Sketch of the medical history of the native army of Bombay, for the year
Year: 1875
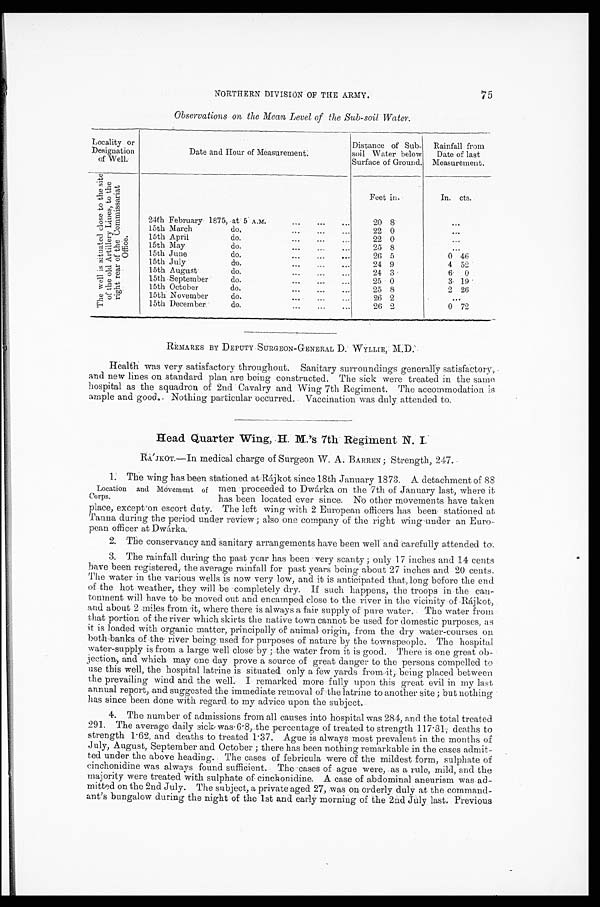
NORTHERN DIVISION OF THE ARMY.
75
Observations on the Mean Level of the Sub-soil Water.
Locality or
Designation
of Well.
Date and Hour of Measurement.
Distance of Sub-soil
Water below
Surface of Ground.
Rainfall from
Date of last
Measurement.
T h e w e l l i s s i t u a t e d c l o s e t o t h e s i t e o f t h e o l d A r t i l l e r y L i n e s , t o t h e r i g h t r e a r o f t h e C o m m i s s a r i a t O f f i c e .
Feet in.
In. cts.
24th February 1875, at 5 A.M.
20 8
...
15th March do.
2 2 0
...
15th April do.
22 0
...
15th May do.
25 8
...
15th June do.
26 5
0 46
15th July do.
24 9
4 52
15th August do.
24
3
6 0
15th September do.
25 0
3
1 9
15th October do.
25 8
2 26
15th November do.
26 2
. . .
15th December do.
26 2
0 72
REMARKS BY DEPUTY SURGEON-GENERAL D. WYLLIE, M.D.
Health was very satisfactory throughout. Sanitary surroundings generally satisfactory,
and new lines on standard plan are being constructed. The sick were treated in the same
hospital as the squadron of 2nd Cavalry and Wing 7th Regiment. The accommodation is
ample and good. Nothing particular occurred. Vaccination was duly attended to.
Head Quarter Wing, H. M.'s 7th Regiment N. I.
RÁJKOT.—In medical charge of Surgeon W. A. BARREN; Strength, 247.
1. The wing has been stationed at Rájkot since 18th January 1873. A detachment of
88 men proceeded to Dwárka on the 7th of January last, where it
has been located ever since. No other movements have taken
place, except on escort duty. The left wing with 2 European officers has been stationed at
Tanna during the period under review; also one company of the right wing under an Euro
-pean officer at Dwárka.
2. The conservancy and sanitary arrangements have been well and carefully attended to.
3. The rainfall during the past year has been very scanty; only 17 inches and 14 cents
have been registered, the average rainfall for past years being about 27 inches and 20 cents.
The water in the various wells is now very low, and it is anticipated that, long before the end
of the hot weather, they will be completely dry. If such happens, the troops in the can
-tonment will have to be moved out and encamped close to the river in the vicinity of Rájkot,
and about 2 miles from it, where there is always a fair supply of pure water. The water from
that portion of the river which skirts the native town cannot be used for domestic purposes, as
it is loaded with organic matter, principally of animal origin, from the dry water-courses on
both-banks of the river being used for purposes of nature by the townspeople. The hospital
water-supply is from a large well close by; the water from it is good. There is one great ob
-jection, and which may one day prove a source of great danger to the persons compelled to
use this well, the hospital latrine is situated only a few yards from it, being placed between
the prevailing wind and the well. I remarked more fully upon this great evil in my last
annual report, and suggested the immediate removal of the latrine to another site; but nothing
has since been done with regard to my advice upon the subject.
4. The number of admissions from all causes into hospital was 284, and the total treated
291. The average daily sick was 6·8, the percentage of treated to strength 117·31, deaths to
strength 1·62, and deaths to treated 1·37. Ague is always most prevalent in the months of
July, August, September and October; there has been nothing remarkable in the cases admit
-ted under the above heading. The cases of febrieula were of the mildest form, sulphate of
cinchonidine was always found sufficient. The cases of ague were, as a rule, mild, and the
majority were treated with sulphate of cinchonidine. A case of abdominal aneurism was ad
-mitted on the 2nd July. The subject, a private aged 27, was on orderly duly at the command
-ant's bungalow during the night of the let and early morning of the 2nd July last. Previous
Location and movement of
Corps.